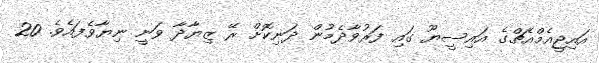
އައިޖީއެމްއެޗްގެ އައިސީޔޫ ގައި ފަރުވާދެމުން ދަނިކޮށް ރޭ ޒިޔާދާ ވަނީ ނިޔާވެފައެެވެ. 20